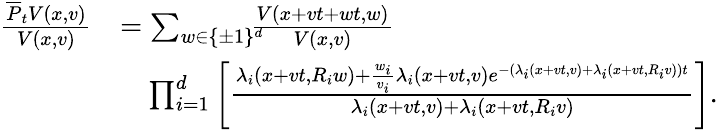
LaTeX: \begin{array}{rl}{\frac{\overline{{P}}_{t}V(x,v)}{V(x,v)}}&{=\sum_{w\in\{ \pm 1\} ^{d}}\! \! \! \! \frac{V(x+vt+wt,w)}{V(x,v)}}\\ &{\quad\prod_{i=1}^{d}\left[\frac{\lambda_{i}(x+vt,R_{i}w)+\frac{w_{i}}{v_{i}}\lambda_{i}(x+vt,v)e^{-(\lambda_{i}(x+vt,v)+\lambda_{i}(x+vt,R_{i}v))t}}{\lambda_{i}(x+vt,v)+\lambda_{i}(x+vt,R_{i}v)}\right].}\end{array}